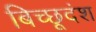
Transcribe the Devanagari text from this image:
बिच्छूदंश